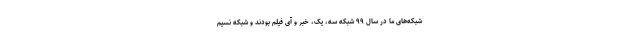
شبکه‌های ما در سال ۹۹ شبکه سه، یک، خبر و آی فیلم بودند و شبکه نسیم